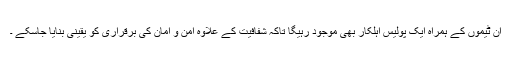
ان ٹیموں کے ہمراہ ایک پولیس اہلکار بھی موجود رہیگا تاکہ شفافیت کے علاوہ امن و امان کی برقراری کو یقینی بنایا جاسکے ۔